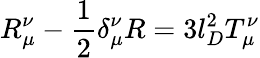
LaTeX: R_{\mu}^{\nu}-\frac{1}{2}\delta_{\mu}^{\nu}R=3l_{D}^{2}T_{\mu}^{\nu}